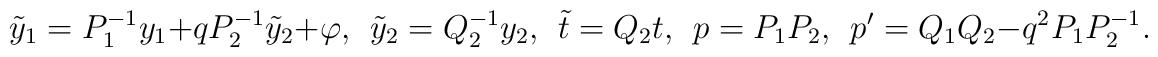
\tilde y_1 = { {P}_1^{-1} } y_1  +  {q P_2^{-1} } \tilde y_2  + \varphi ,\ \  \tilde y_2 = { {Q} _2^{-1} } y_2, \ \  \tilde t = Q_2 t ,  \ \  p= {P} _1 {P} _2,  \ \ p'={Q} _1 { Q} _2 -  q^2  {P_1 P_2^{-1} }.